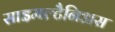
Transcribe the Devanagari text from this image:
साइमल्टैनिअस